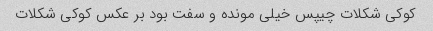
کوکی شکلات چیپس خیلی مونده و سفت بود بر عکس کوکی شکلات